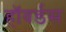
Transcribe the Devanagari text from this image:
हॉवर्डस